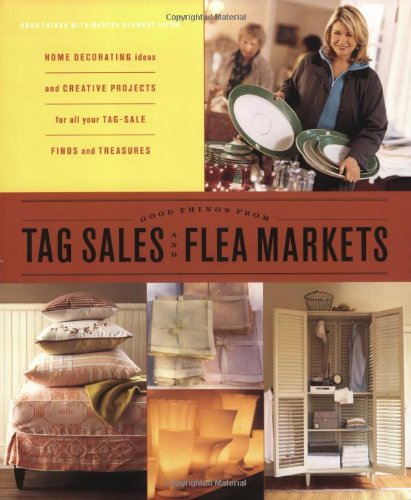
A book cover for Good Things from Tag Sales and Flea Markets (Good Things with Martha Stewart Living); Martha Stewart Living Magazine; Crafts, Hobbies & Home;